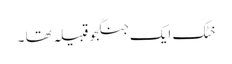
خٹک ایک جنگجو قبیلہ تھا ۔